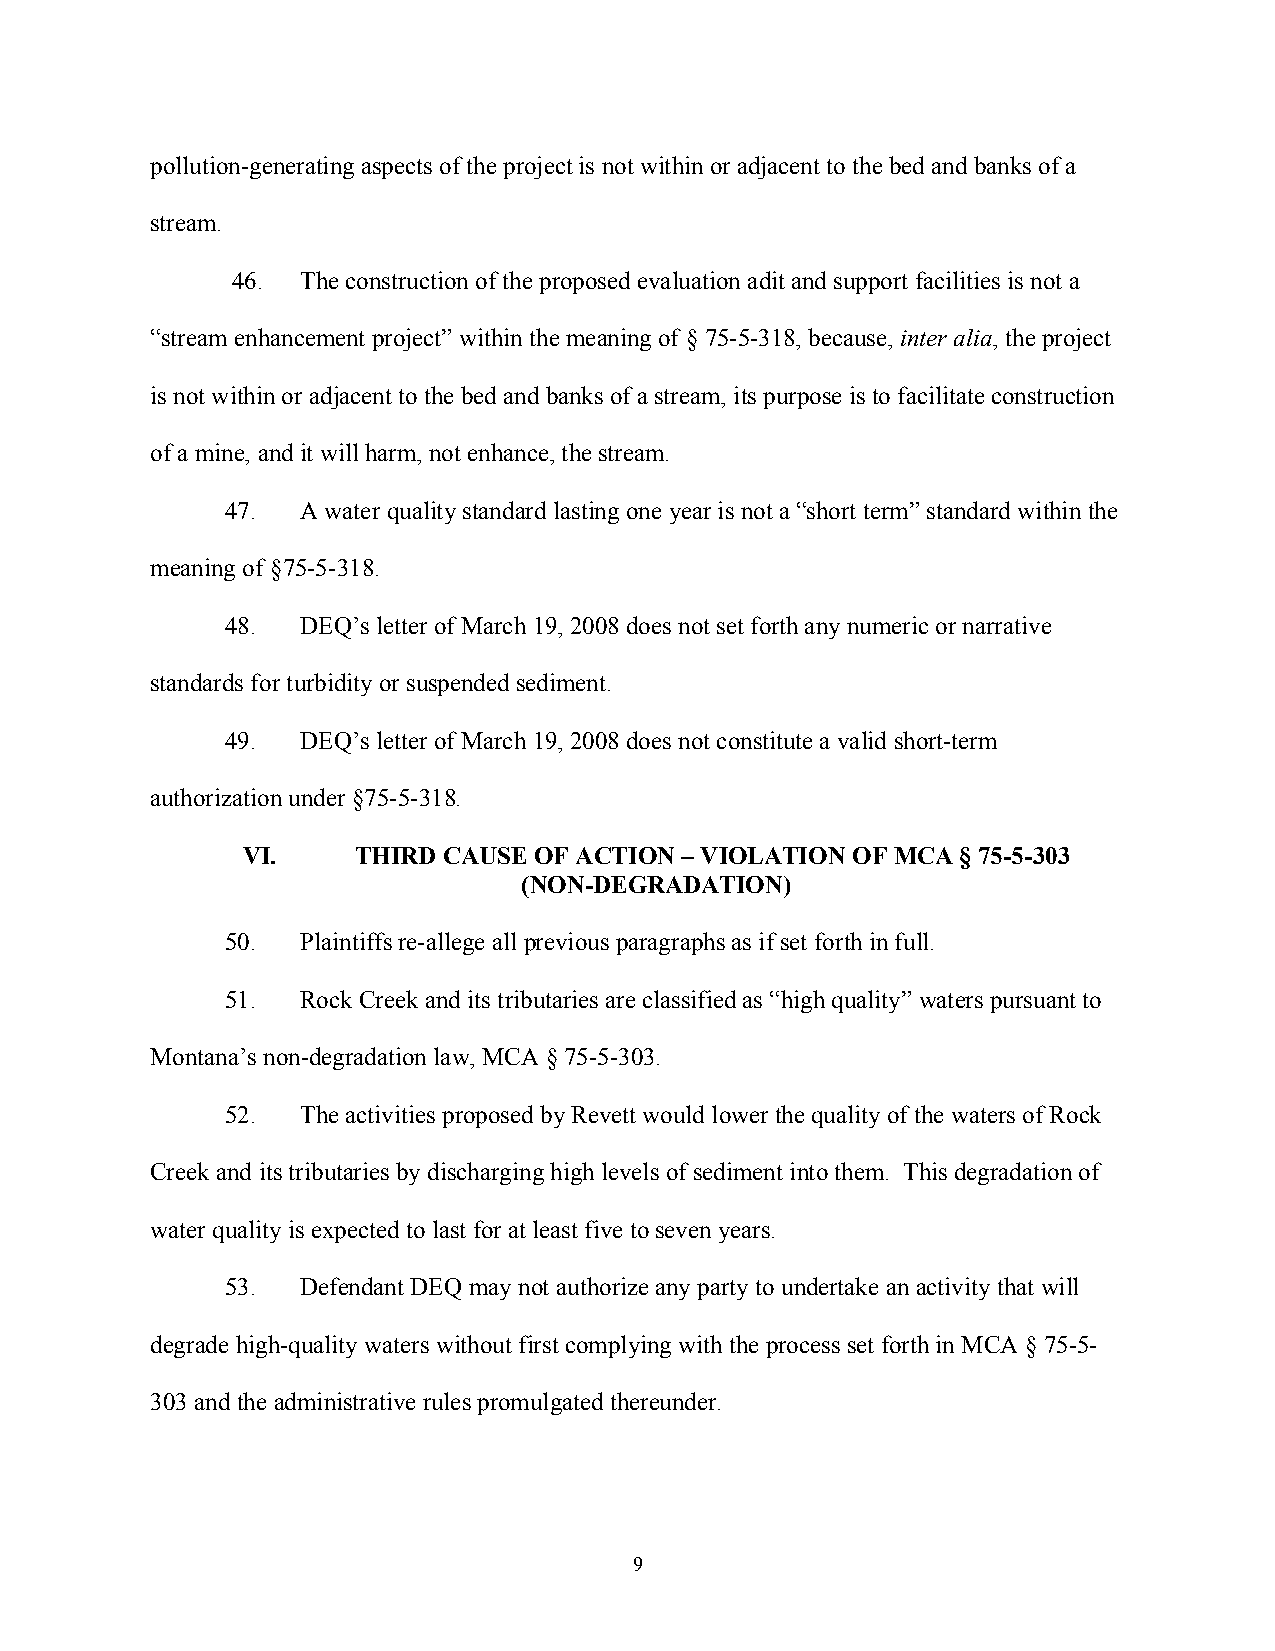
pollution-generating aspects of the project is not within or adjacent to the bed and banks of a
 stream.
 46.  The construction of the proposed evaluation adit and support facilities is not a
 “stream enhancement project” within the meaning of § 75-5-318, because, inter alia, the project
 is not within or adjacent to the bed and banks of a stream, its purpose is to facilitate construction
 of a mine, and it will harm, not enhance, the stream.
 47.  A water quality standard lasting one year is not a “short term” standard within the
 meaning of §75-5-318.
 48.  DEQ’s letter of March 19, 2008 does not set forth any numeric or narrative
 standards for turbidity or suspended sediment.
 49.  DEQ’s letter of March 19, 2008 does not constitute a valid short-term
 authorization under §75-5-318.
 VI.     THIRD CAUSE OF ACTION – VIOLATION OF MCA § 75-5-303
 (NON-DEGRADATION)
 50.  Plaintiffs re-allege all previous paragraphs as if set forth in full.
 51.  Rock Creek and its tributaries are classified as “high quality” waters pursuant to
 Montana’s non-degradation law, MCA § 75-5-303.
 52.  The activities proposed by Revett would lower the quality of the waters of Rock
 Creek and its tributaries by discharging high levels of sediment into them. This degradation of
 water quality is expected to last for at least five to seven years.
 53.  Defendant DEQ may not authorize any party to undertake an activity that will
 degrade high-quality waters without first complying with the process set forth in MCA § 75-5-
 303 and the administrative rules promulgated thereunder.
 9